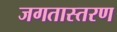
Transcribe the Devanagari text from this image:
जगतास्तरण